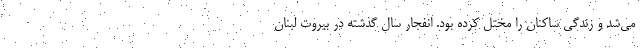
می‌شد و زندگی ساکنان را مختل کرده بود. انفجار سال گذشته در بیروت لبنان